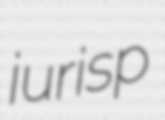
jurisp